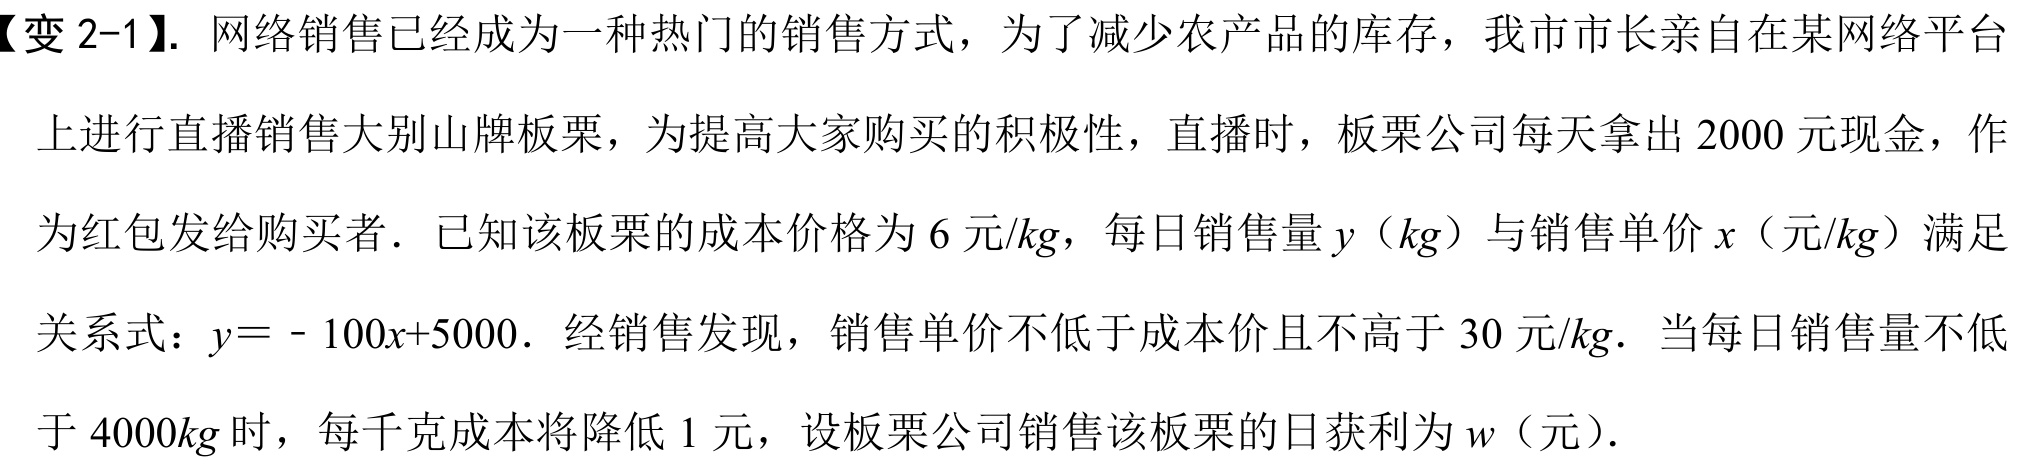
【变2-1】. 网络销售已经成为一种热门的销售方式，为了减少农产品的库存，我市市长亲自在某网络平台上进行直播销售大别山牌板栗，为提高大家购买的积极性，直播时，板栗公司每天拿出\(2000\)元现金，作为红包发给购买者．已知该板栗的成本价格为\(6\)元\(/kg\)，每日销售量\(y\)（\(kg\)）与销售单价\(x\)（元\(/kg\)）满足关系式：\(y = - 100x + 5000\)．经销售发现，销售单价不低于成本价且不高于\(30\)元\(/kg\)．当每日销售量不低于\(4000kg\)时，每千克成本将降低\(1\)元，设板栗公司销售该板栗的日获利为\(w\)（元）.